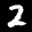
Label: 2